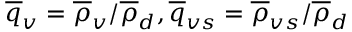
\overline { { q } } _ { v } = \overline { { \rho } } _ { v } / \overline { { \rho } } _ { d } , \overline { { q } } _ { v s } = \overline { { \rho } } _ { v s } / \overline { { \rho } } _ { d }